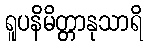
ရူပနိမိတ္တာနုသာရိ